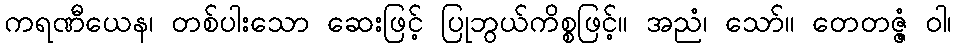
ကရဏီယေန၊ တစ်ပါးသော ဆေးဖြင့် ပြုဘွယ်ကိစ္စဖြင့်။ အညံ၊ သော်။ တေတဇ္ဇံ ဝါ၊